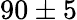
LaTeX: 90\pm 5